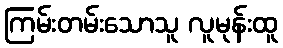
ကြမ်းတမ်းသောသူ လူမုန်းထူ